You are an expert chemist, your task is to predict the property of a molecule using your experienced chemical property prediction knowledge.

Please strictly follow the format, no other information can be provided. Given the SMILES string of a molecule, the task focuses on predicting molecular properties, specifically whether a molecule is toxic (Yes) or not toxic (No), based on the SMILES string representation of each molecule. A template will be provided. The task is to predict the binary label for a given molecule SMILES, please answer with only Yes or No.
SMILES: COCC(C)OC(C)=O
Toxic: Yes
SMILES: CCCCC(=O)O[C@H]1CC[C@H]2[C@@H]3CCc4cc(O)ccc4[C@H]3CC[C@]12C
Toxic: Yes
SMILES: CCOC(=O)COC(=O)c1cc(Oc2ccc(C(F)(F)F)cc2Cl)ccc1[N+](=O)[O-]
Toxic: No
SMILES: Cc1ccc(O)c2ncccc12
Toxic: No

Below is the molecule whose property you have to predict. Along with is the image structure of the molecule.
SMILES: CSc1ccc(C=O)cc1
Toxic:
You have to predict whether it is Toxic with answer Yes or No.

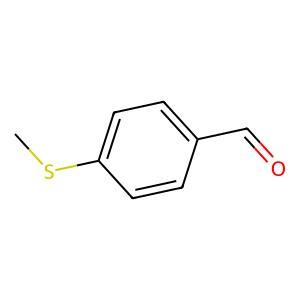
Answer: No